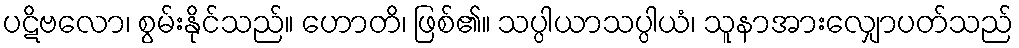
ပဋိဗလော၊ စွမ်းနိုင်သည်။ ဟောတိ၊ ဖြစ်၏။ သပ္ပါယာသပ္ပါယံ၊ သူနာအားလျှောပတ်သည်